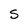
Character: S